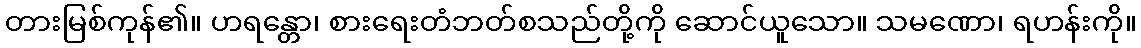
တားမြစ်ကုန်၏။ ဟရန္တော၊ စားရေးတံဘတ်စသည်တို့ကို ဆောင်ယူသော။ သမဏော၊ ရဟန်းကို။